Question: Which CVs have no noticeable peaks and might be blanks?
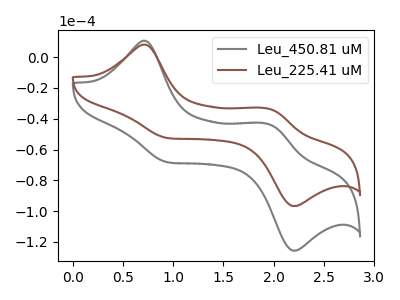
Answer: <think>The gray curve "Leu_450.81 uM" has anodic peaks at (0.70V, 10.70uA) (1.95V, -43.70uA) and cathodic peaks at (0.95V, -68.50uA) (2.20V, -125.75uA). The brown curve "Leu_225.41 uM" has anodic peaks at (0.70V, 8.20uA) (1.95V, -33.60uA) and cathodic peaks at (0.95V, -52.70uA) (2.20V, -96.75uA).</think>
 <answer>There are not any CV's on this graph that are likely to be blanks.</answer>
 <eval>none</eval>